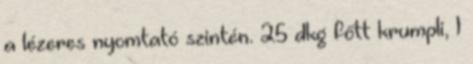
a lézeres nyomtató szintén. 25 dkg főtt krumpli, 1